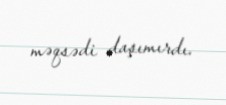
məqsədi daşımırdı.